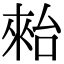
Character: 𣖤